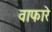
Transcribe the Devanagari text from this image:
वाफारे